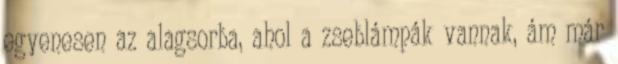
egyenesen az alagsorba, ahol a zseblámpák vannak, ám már